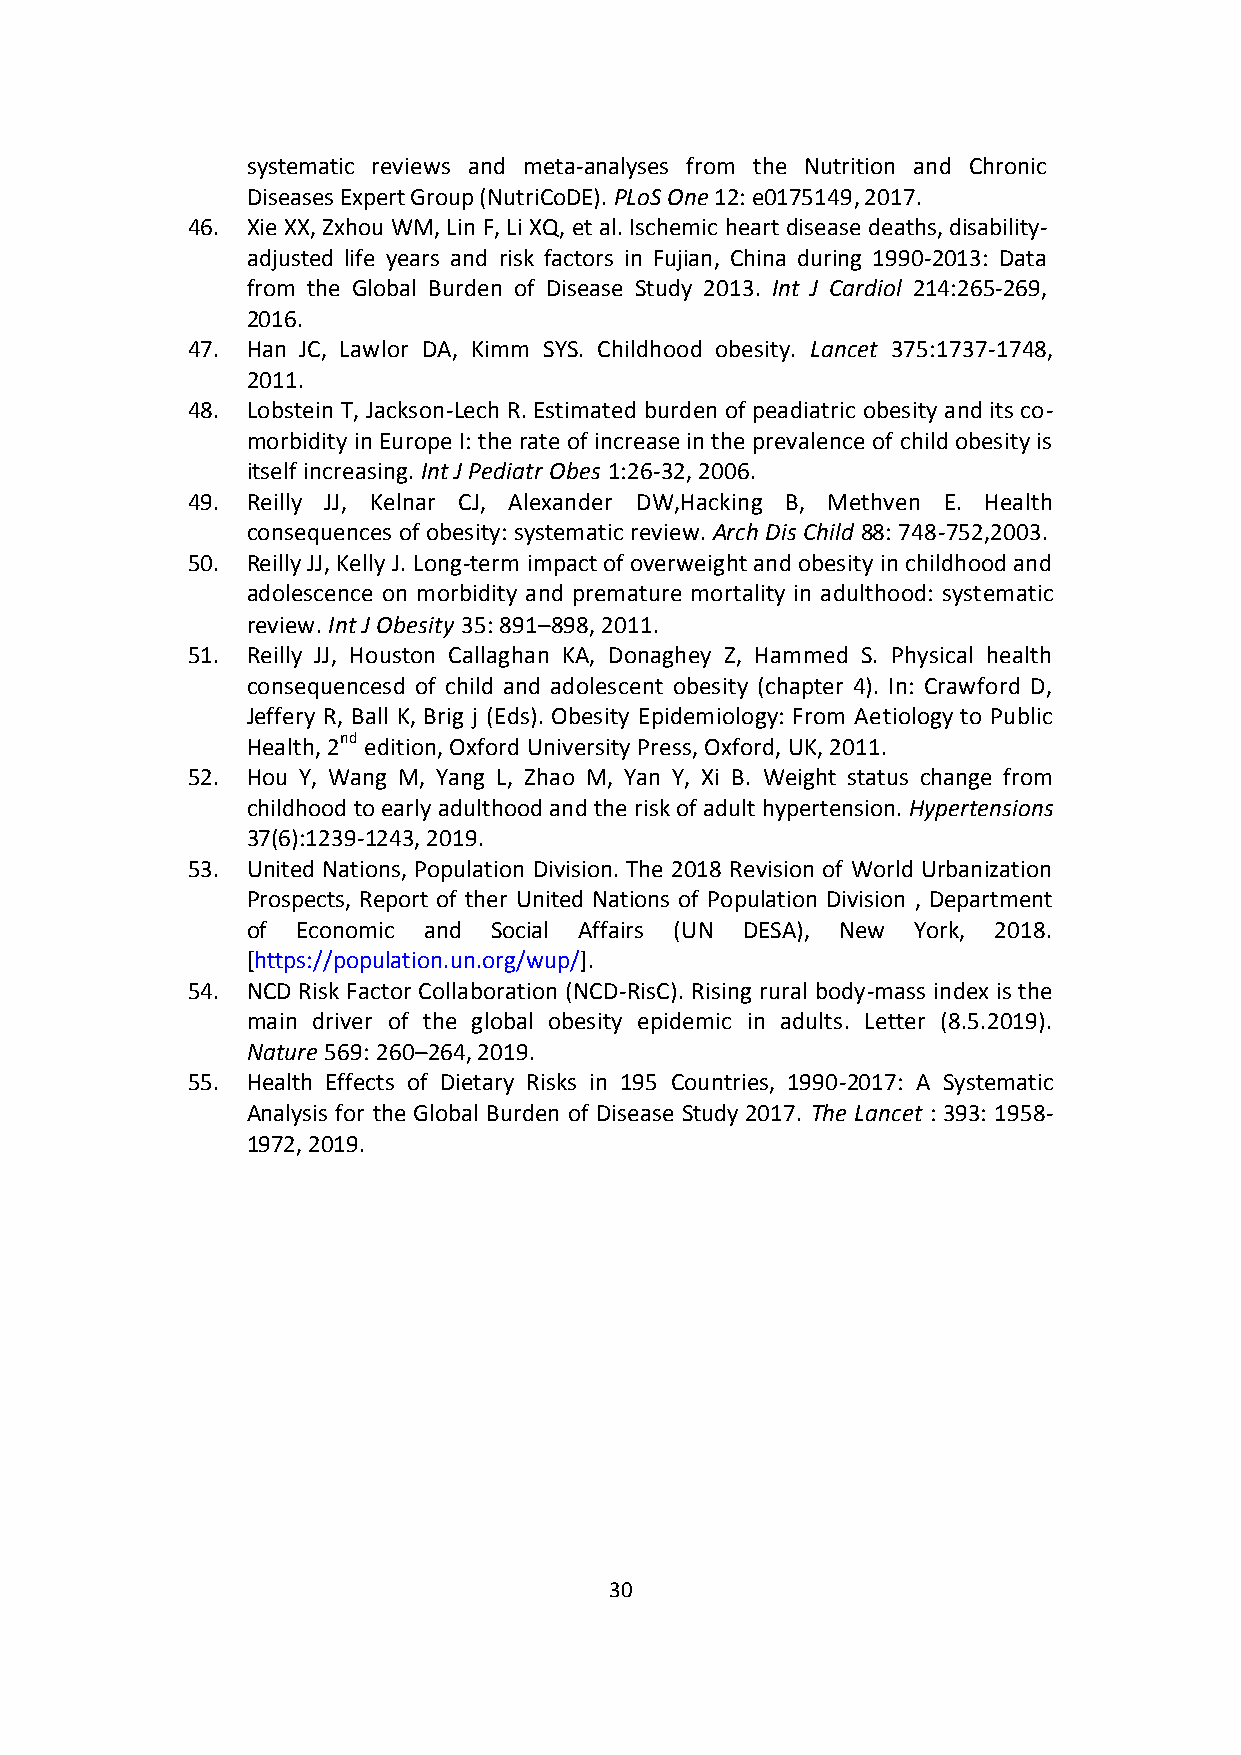
systematic reviews and meta-analyses from the Nutrition and Chronic
 Diseases Expert Group (NutriCoDE). PLoS One 12: e0175149, 2017.
 46. Xie XX, Zxhou WM, Lin F, Li XQ, et al. Ischemic heart disease deaths, disability-
 adjusted life years and risk factors in Fujian, China during 1990-2013: Data
 from the Global Burden of Disease Study 2013. Int J Cardiol 214:265-269,
 2016.
 47. Han JC, Lawlor DA, Kimm SYS. Childhood obesity. Lancet 375:1737-1748,
 2011.
 48. Lobstein T, Jackson-Lech R. Estimated burden of peadiatric obesity and its co-
 morbidity in Europe I: the rate of increase in the prevalence of child obesity is
 itself increasing. Int J Pediatr Obes 1:26-32, 2006.
 49. Reilly JJ, Kelnar CJ, Alexander DW,Hacking B, Methven E. Health
 consequences of obesity: systematic review. Arch Dis Child 88: 748-752,2003.
 50. Reilly JJ, Kelly J. Long-term impact of overweight and obesity in childhood and
 adolescence on morbidity and premature mortality in adulthood: systematic
 review. Int J Obesity 35: 891–898, 2011.
 51. Reilly JJ, Houston Callaghan KA, Donaghey Z, Hammed S. Physical health
 consequencesd of child and adolescent obesity (chapter 4). In: Crawford D,
 Jeffery R, Ball K, Brig j (Eds). Obesity Epidemiology: From Aetiology to Public
 Health, 2nd edition, Oxford University Press, Oxford, UK, 2011.
 52. Hou Y, Wang M, Yang L, Zhao M, Yan Y, Xi B. Weight status change from
 childhood to early adulthood and the risk of adult hypertension. Hypertensions
 37(6):1239-1243, 2019.
 53. United Nations, Population Division. The 2018 Revision of World Urbanization
 Prospects, Report of ther United Nations of Population Division , Department
 of  Economic and Social Affairs (UN DESA), New York, 2018.
 [https://population.un.org/wup/].
 54. NCD Risk Factor Collaboration (NCD-RisC). Rising rural body-mass index is the
 main driver of the global obesity epidemic in adults. Letter (8.5.2019).
 Nature 569: 260–264, 2019.
 55. Health Effects of Dietary Risks in 195 Countries, 1990-2017: A Systematic
 Analysis for the Global Burden of Disease Study 2017. The Lancet : 393: 1958-
 1972, 2019.
 30